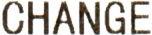
CHANGE